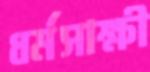
ধর্মসাক্ষী